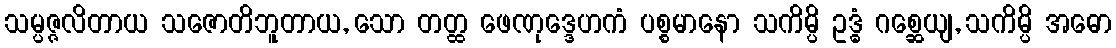
သမ္ပဇ္ဇလိတာယ သဇောတိဘူတာယ, သော တတ္ထ ဖေဏုဒ္ဒေဟကံ ပစ္စမာနော သကိမ္ပိ ဥဒ္ဓံ ဂစ္ဆေယျ, သကိမ္ပိ အဓော